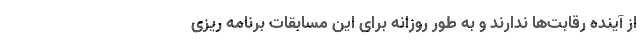
از آینده رقابت‌ها ندارند و به طور روزانه برای این مسابقات برنامه ریزی